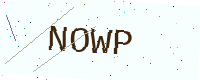
Text: NOWP